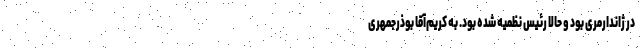
در ژاندارمری بود و حالا رئیس نظمیه شده بود. به کریم‌آقا بوذرجمهری